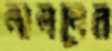
লালনের